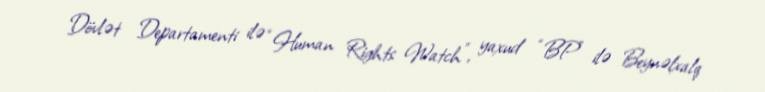
Dövlət Departamenti ilə “Human Rights Watch”, yaxud “BP” ilə Beynəlxalq